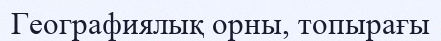
Географиялық орны, топырағы